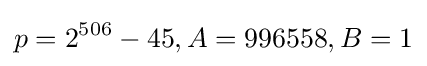
p=2^{506}-45,A=996558,B=1